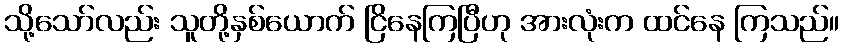
သို့သော်လည်း သူတို့နှစ်ယောက် ငြိနေကြပြီဟု အားလုံးက ထင်နေ ကြသည်။